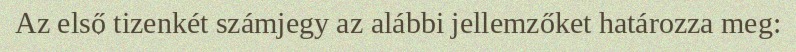
Az első tizenkét számjegy az alábbi jellemzőket határozza meg: